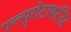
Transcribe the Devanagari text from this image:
फ्ल्युरोटायटॅनेट